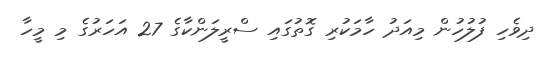
ދިވެހި ފުލުހުން މިއަދު ހާމަކުރި ގޮތުގައި ސްރީލަންކާގެ 27 އަހަރުގެ މި މީހާ